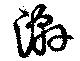
澣